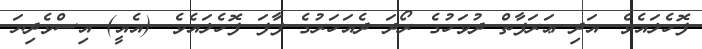
ފޮހެލައެވެ. އަދި ޢަރަފާތް ދުވަހުގެ ރޯދަ ދެއަހަރުގެ ފާފަ ފޮހެލައެވެ. (އެއީ) އިސްވެދިޔަ